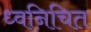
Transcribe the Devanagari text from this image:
ध्वनिचित